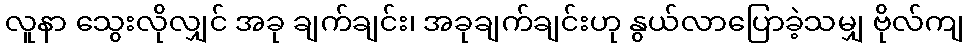
လူနာ သွေးလိုလျှင် အခု ချက်ချင်း၊ အခုချက်ချင်းဟု နွယ်လာပြောခဲ့သမျှ ဗိုလ်ကျ